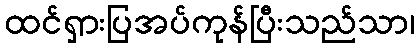
ထင်ရှားပြအပ်ကုန်ပြီးသည်သာ၊